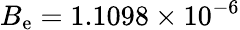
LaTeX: B_{\mathrm{e}}=1.1098\times 10^{-6}